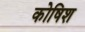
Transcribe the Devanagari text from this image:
कोषिश